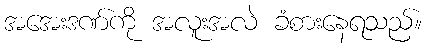
အအေးဒဏ်ကို အလူးအလဲ ခံစားနေရသည်။